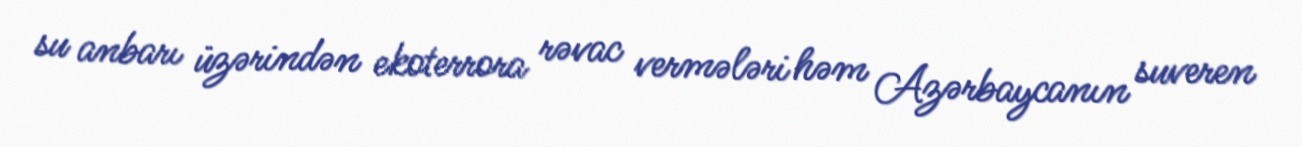
su anbarı üzərindən ekoterrora rəvac vermələri həm Azərbaycanın suveren